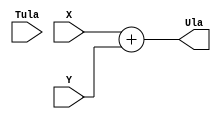
module ULA(X,Y,Ula,Tula);

input wire [3:0] X;
input wire [3:0] Y;
input wire [3:0] Tula;
output wire [3:0] Ula;

assign Ula = X + Y;

endmodule